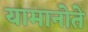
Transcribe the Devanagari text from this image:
यामानोते